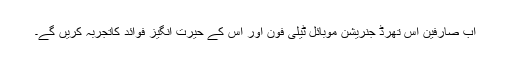
اب صارفین اس تھرڈ جنریشن موبائل ٹیلی فون اور اس کے حیرت انگیز فوائد کاتجربہ کریں گے۔